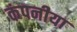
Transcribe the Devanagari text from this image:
कंपनीया